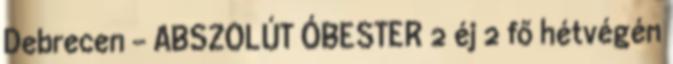
Debrecen - ABSZOLÚT ÓBESTER 2 éj 2 fő hétvégén